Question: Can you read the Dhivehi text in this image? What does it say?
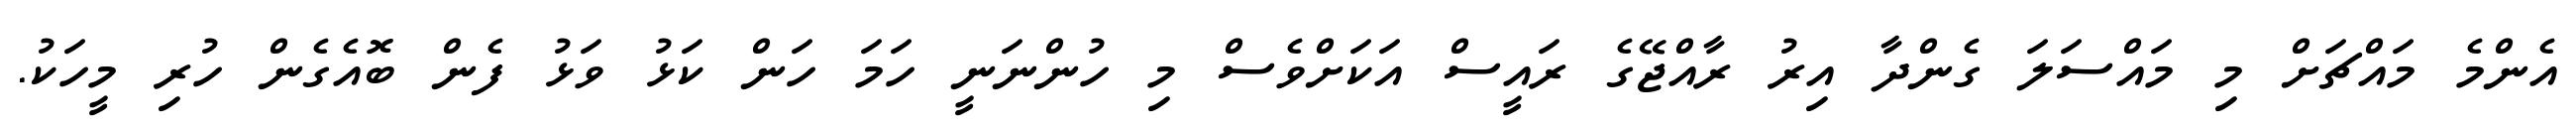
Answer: އެންމެ މައްޗަށް މި މައްސަލަ ގެންދާ އިރު ރާއްޖޭގެ ރައީސް އަކަށްވެސް މި ހުންނަނީ ހަމަ ހަން ކަޅު ވަޅު ފެން ބޮއެގެން ހުރި މީހަކު.